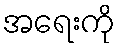
အရေးကို